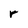
Character: r